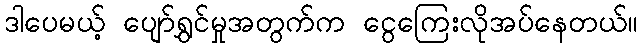
ဒါပေမယ့် ပျော်ရွှင်မှုအတွက်က ငွေကြေးလိုအပ်နေတယ်။